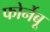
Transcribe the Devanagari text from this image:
फोर्नेबू